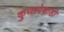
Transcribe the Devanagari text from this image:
कुणापेक्षाही